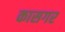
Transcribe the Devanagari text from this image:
कासगर